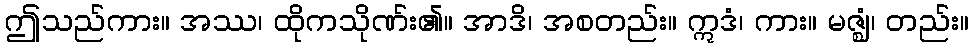
ဤသည်ကား။ အဿ၊ ထိုကသိုဏ်း၏။ အာဒိ၊ အစတည်း။ ဣဒံ၊ ကား။ မဇ္ဈံ၊ တည်း။